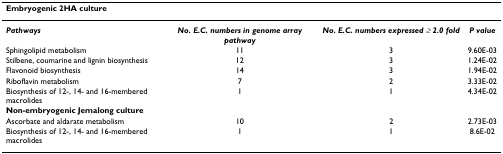
<table><thead><tr><td><b>Embryogenic 2HA culture</b></td><td></td><td></td><td></td></tr></thead><tbody><tr><td><b><i>Pathways</i></b></td><td><b><i>No. E.C. numbers in genome array pathway</i></b></td><td><b><i>No. E.C. numbers expressed ≥ 2.0 fold</i></b></td><td><b><i>P value</i></b></td></tr><tr><td>Sphingolipid metabolism</td><td>11</td><td>3</td><td>9.60E-03</td></tr><tr><td>Stilbene, coumarine and lignin biosynthesis</td><td>12</td><td>3</td><td>1.24E-02</td></tr><tr><td>Flavonoid biosynthesis</td><td>14</td><td>3</td><td>1.94E-02</td></tr><tr><td>Riboflavin metabolism</td><td>7</td><td>2</td><td>3.33E-02</td></tr><tr><td>Biosynthesis of 12-, 14- and 16-membered macrolides</td><td>1</td><td>1</td><td>4.34E-02</td></tr><tr><td><b>Non-embryogenic Jemalong culture</b></td><td></td><td></td><td></td></tr><tr><td>Ascorbate and aldarate metabolism</td><td>10</td><td>2</td><td>2.73E-03</td></tr><tr><td>Biosynthesis of 12-, 14- and 16-membered macrolides</td><td>1</td><td>1</td><td>8.6E-02</td></tr></tbody></table>